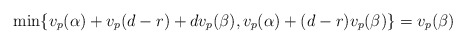
\begin{align*} \min\{v_p(\alpha)+v_p(d-r)+dv_p(\beta),v_p(\alpha)+(d-r)v_p(\beta)\}=v_p(\beta) \end{align*}